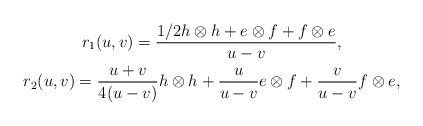
\begin{gather*} r_1(u,v)= {1/2 h \otimes h+ e \otimes f+f \otimes e \over u-v}, \\ r_2(u,v)= {u+v \over 4(u-v)} h \otimes h+{u \over u-v} e \otimes f+{v \over u-v}f \otimes e,\end{gather*}